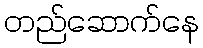
တည်ဆောက်နေ